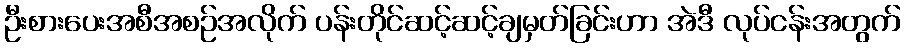
ဦးစားပေးအစီအစဉ်အလိုက် ပန်းတိုင်ဆင့်ဆင့်ချမှတ်ခြင်းဟာ အဲဒီ လုပ်ငန်းအတွက်